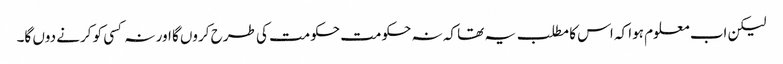
لیکن اب معلوم ہوا کہ اس کا مطلب یہ تھا کہ نہ حکومت حکومت کی طرح کروں گا اور نہ کسی کو کرنے دوں گا۔